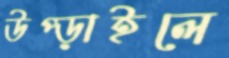
উপ্‌ড়াইলে